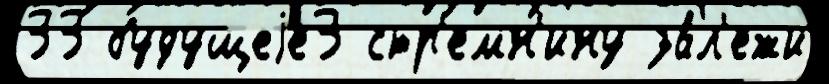
33 будущеjе3 стр'емн'ину за́л'ежи